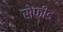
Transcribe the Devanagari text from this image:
सेफीड